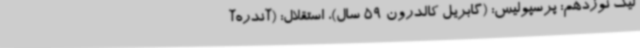
لیگ نوزدهم: پرسپولیس: (گابریل کالدرون 59 سال)، استقلال: (آندره‌آ